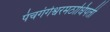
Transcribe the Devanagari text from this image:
पंचगंगेश्वरमठाधिपती